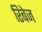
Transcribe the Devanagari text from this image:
रिबेज